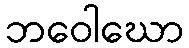
ဘဝေါဃော